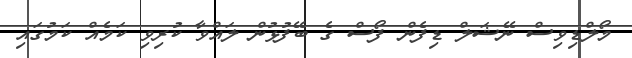
މޯލްޑިވިސް ނޭޝަލް ޑިފެން ފޯސް ގެ ބޭފުޅުން ލައްވާ ކުރިވި ކަމެއް ކަމުގައި